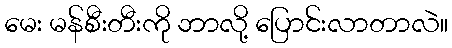
မေး မန်စီးတီးကို ဘာလို့ ပြောင်းလာတာလဲ။